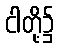
ငါတို့၌